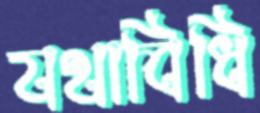
যথাবিধি